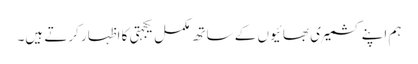
ہم اپنے کشمیری بھائیوں کے ساتھ مکمل یکجہتی کا اظہار کرتے ہیں۔